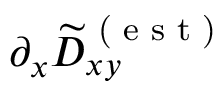
\partial _ { x } \widetilde { D } _ { x y } ^ { \textrm { ( e s t ) } }